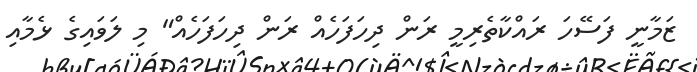
ޒަމާނީ ފަސޭހަ ރައްކާތެރިމީ ރަން ދިހަފަހެއް ރަން ދިހަފަހެއް" މި ލަވައިގެ ޅެމާއި